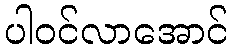
ပါဝင်လာအောင်